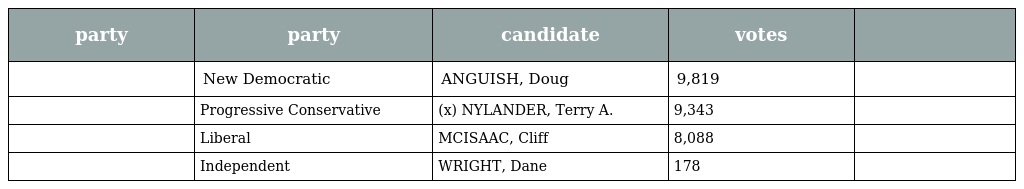
| party | party | candidate | votes |  |
 | --- | --- | --- | --- | --- |
 |  | New Democratic | ANGUISH, Doug | 9,819 |  |
 |  | Progressive Conservative | (x) NYLANDER, Terry A. | 9,343 |  |
 |  | Liberal | MCISAAC, Cliff | 8,088 |  |
 |  | Independent | WRIGHT, Dane | 178 |  |